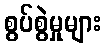
စွပ်စွဲမှုများ